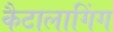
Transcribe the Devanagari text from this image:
कैटालागिंग